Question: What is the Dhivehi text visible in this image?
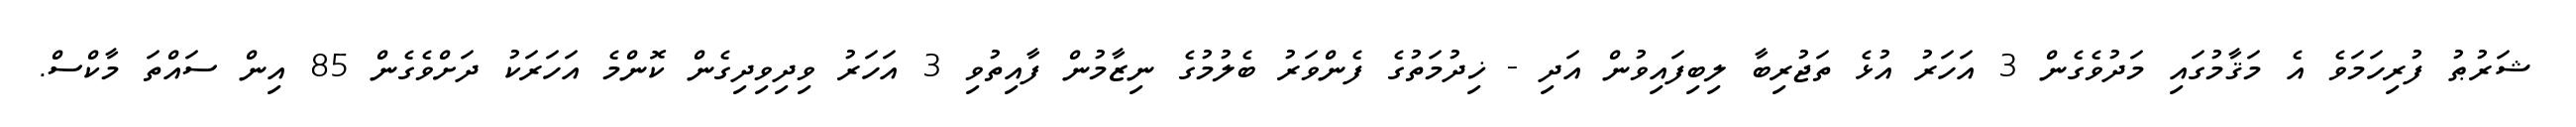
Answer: ޝަރުޠު ފުރިހަމަވެ އެ މަޤާމުގައި މަދުވެގެން 3 އަހަރު އުޅެ ތަޖުރިބާ ލިބިފައިވުން އަދި - ޚިދުމަތުގެ ފެންވަރު ބެލުމުގެ ނިޒާމުން ފާއިތުވި 3 އަހަރު ވިދިވިދިގެން ކޮންމެ އަހަރަކު ދަށްވެގެން 85 އިން ސައްތަ މާކްސް.